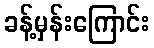
ခန့်မှန်းကြောင်း